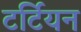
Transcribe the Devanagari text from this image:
टर्टियन